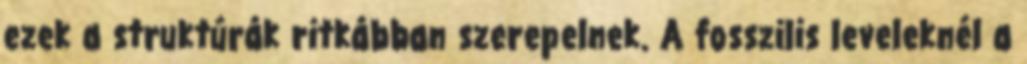
ezek a struktúrák ritkábban szerepelnek. A fosszilis leveleknél a